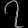
Digit: ၇